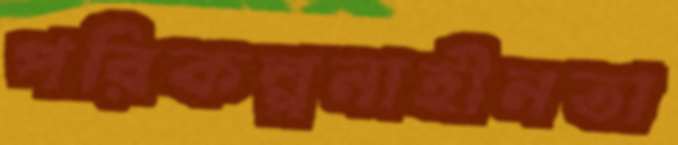
পরিকল্পনাহীনতা